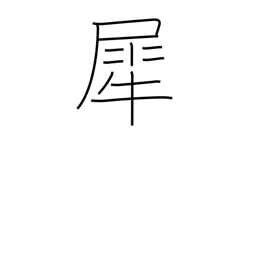
Meaning: rhinoceros